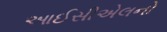
આઈસીએલનો